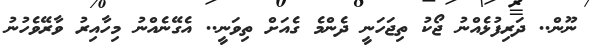
ނޫން.. ދަރިފުޅެއްނު ޖޯކު ތިޖަހަނީ ދެންމެ ގެއަށް ތިވަނީ.. އެގޭނެއްނު މިހާއިރު ވާރޭވެހުނު